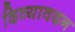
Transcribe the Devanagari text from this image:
दिव्‍यावदन